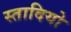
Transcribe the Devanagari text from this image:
स्तादियो